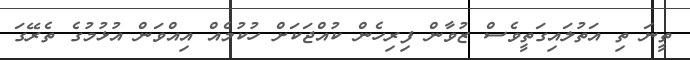
ތީނަ ތި އަތުލައިގަތީވެސް ޒުވާން ފިރިހެން ކުއްޖަކަށް ހުކުމެއް އިއްވަން އުޅުމުގެ ތެރޭގަ